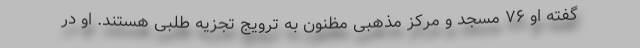
گفته او ۷۶ مسجد و مرکز مذهبی مظنون به ترویج تجزیه طلبی هستند. او در